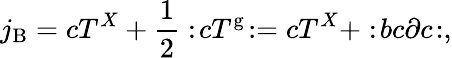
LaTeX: j_{\mathrm{B}}=cT^{X}+\frac{1}{2}:\! cT^{\mathrm{g}}\! :=cT^{X}+:\! bc\partial c\! :,